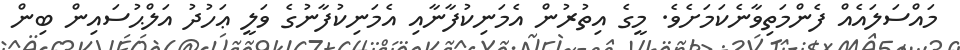
މައްސަލައެއް ފެންމަތިވާނެކަމަށެވެ. މީގެ އިތުރުން އެމަނިކުފާނާއި އެމަނިކުފާނުގެ ވަލީ ޢަހުދު އަލްޙުސައިން ބިން